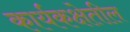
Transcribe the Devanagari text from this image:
कार्यकक्षेतील